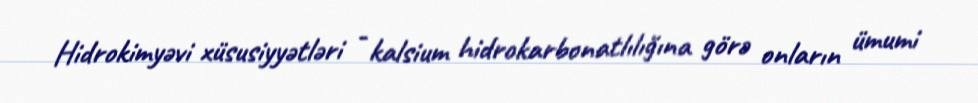
Hidrokimyəvi xüsusiyyətləri - kalsium hidrokarbonatlılığına görə onların ümumi